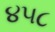
૪૫૮